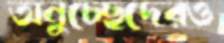
অনুচ্ছেদেরও